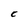
Character: C